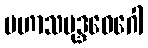
မဟာသမုဒ္ဒဝေဂေါ